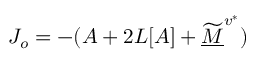
J _ { o } = - ( A + 2 L [ A ] + \widetilde { \underline { M } } ^ { v ^ { * } } )